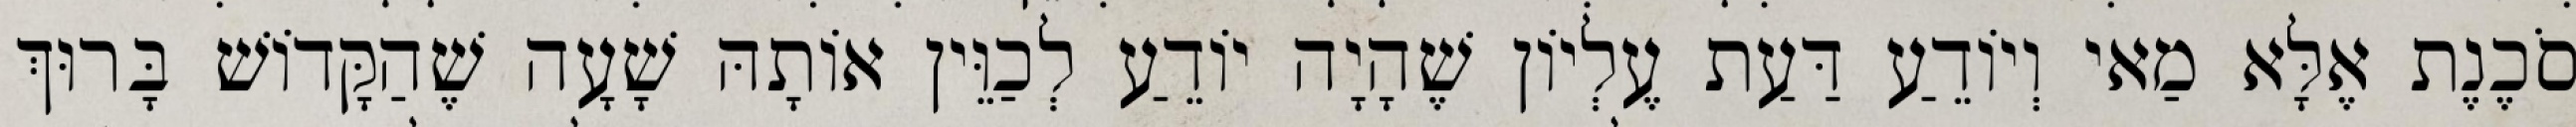
סֹכֶנֶת אֶלָּא מַאי וְיוֹדֵעַ דַּעַת עֶלְיוֹן שֶׁהָיָה יוֹדֵעַ לְכַוֵּין אוֹתָהּ שָׁעָה שֶׁהַקָּדוֹשׁ בָּרוּךְ